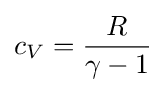
c_{V}={\frac {R}{\gamma -1}}